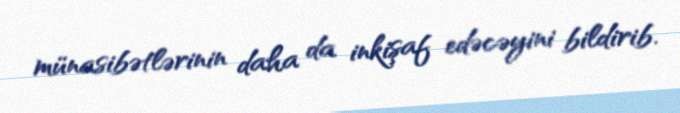
münasibətlərinin daha da inkişaf edəcəyini bildirib.